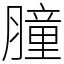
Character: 膧